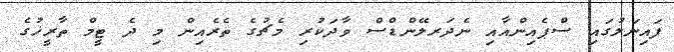
ފައިނަލުގައި ސްޕެއިންއާއި ނެދަރލޭންޑްސް ވާދަކުރި މެޗުގެ ތެރެއިން މި ދެ ޓީމް ތާރީޚުގެ